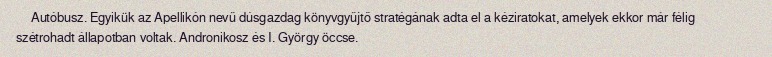
Autóbusz. Egyikük az Apellikón nevű dúsgazdag könyvgyűjtő stratégának adta el a kéziratokat, amelyek ekkor már félig szétrohadt állapotban voltak. Andronikosz és I. György öccse.